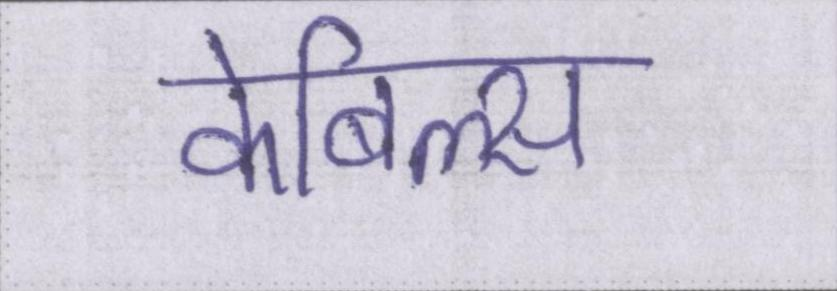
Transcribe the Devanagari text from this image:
केबिल्स